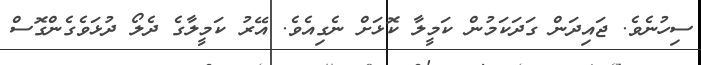
ސިހުނެވެ. ޖައިދަން ގަދަކަމުން ކަމީލާ ކޮޅަށް ނެގިއެވެ. އޭރު ކަމީލާގެ ދެލޯ ދުޅަވެގެންގޮސް